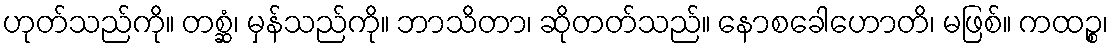
ဟုတ်သည်ကို။ တစ္ဆံ၊ မှန်သည်ကို။ ဘာသိတာ၊ ဆိုတတ်သည်။ နောစခေါဟောတိ၊ မဖြစ်။ ကထဉ္စ၊